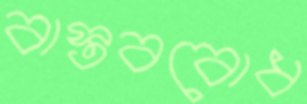
বাস্তববোধ